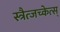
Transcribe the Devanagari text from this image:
स्त्रैत्जच्केत्स्